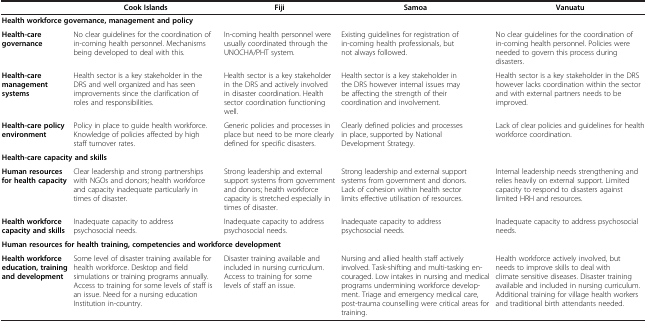
<table><thead><tr><td><b> </b></td><td><b>Cook Islands</b></td><td><b>Fiji</b></td><td><b>Samoa</b></td><td><b>Vanuatu</b></td></tr></thead><tbody><tr><td colspan="5"><b>Health workforce governance, management and policy</b></td></tr><tr><td><b>Health-care governance</b></td><td>No clear guidelines for the coordination of in-coming health personnel. Mechanisms being developed to deal with this.</td><td>In-coming health personnel were usually coordinated through the UNOCHA/PHT system.</td><td>Existing guidelines for registration of in-coming health professionals, but not always followed.</td><td>No clear guidelines for the coordination of in-coming health personnel. Policies were needed to govern this process during disasters.</td></tr><tr><td><b>Health-care management systems</b></td><td>Health sector is a key stakeholder in the DRS and well organized and has seen improvements since the clarification of roles and responsibilities.</td><td>Health sector is a key stakeholder in the DRS and actively involved in disaster coordination. Health sector coordination functioning well.</td><td>Health sector is a key stakeholder in the DRS however internal issues may be affecting the strength of their coordination and involvement.</td><td>Health sector is a key stakeholder in the DRS however lacks coordination within the sector and with external partners needs to be improved.</td></tr><tr><td><b>Health-care policy environment</b></td><td>Policy in place to guide health workforce. Knowledge of policies affected by high staff turnover rates.</td><td>Generic policies and processes in place but need to be more clearly defined for specific disasters.</td><td>Clearly defined policies and processes in place, supported by National Development Strategy.</td><td>Lack of clear policies and guidelines for health workforce coordination.</td></tr><tr><td colspan="5"><b>Health-care capacity and skills</b></td></tr><tr><td><b>Human resources for health capacity</b></td><td>Clear leadership and strong partnerships with NGOs and donors; health workforce and capacity inadequate particularly in times of disaster.</td><td>Strong leadership and external support systems from government and donors; health workforce capacity is stretched especially in times of disaster.</td><td>Strong leadership and external support systems from government and donors. Lack of cohesion within health sector limits effective utilisation of resources.</td><td>Internal leadership needs strengthening and relies heavily on external support. Limited capacity to respond to disasters against limited HRH and resources.</td></tr><tr><td><b>Health workforce capacity and skills</b></td><td>Inadequate capacity to address psychosocial needs.</td><td>Inadequate capacity to address psychosocial needs.</td><td>Inadequate capacity to address psychosocial needs.</td><td>Inadequate capacity to address psychosocial needs.</td></tr><tr><td colspan="5"><b>Human resources for health training, competencies and workforce development</b></td></tr><tr><td><b>Health workforce education, training and development</b></td><td>Some level of disaster training available for health workforce. Desktop and field simulations or training programs annually. Access to training for some levels of staff is an issue. Need for a nursing education Institution in-country.</td><td>Disaster training available and included in nursing curriculum. Access to training for some levels of staff an issue.</td><td>Nursing and allied health staff actively involved. Task-shifting and multi-tasking encouraged. Low intakes in nursing and medical programs undermining workforce development. Triage and emergency medical care, post-trauma counselling were critical areas for training.</td><td>Health workforce actively involved, but needs to improve skills to deal with climate sensitive diseases. Disaster training available and included in nursing curriculum. Additional training for village health workers and traditional birth attendants needed.</td></tr></tbody></table>